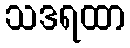
သဒရထာ